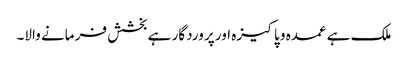
ملک ہے عمدہ و پاکیزہ اور پر وردگار ہے بخشش فر مانے والا۔